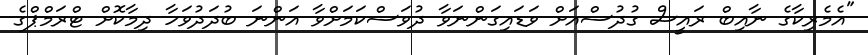
"އެމެރިކާގެ ނާއިބް ރައީސް ގުދުސްއަށް ވަޑައިގަންނަވާ ދުވަސްކަމަށްވާ އަންނަ ބުދަދުވަހާ ދިމާކޮށް ޓްރަމްޕްގެ